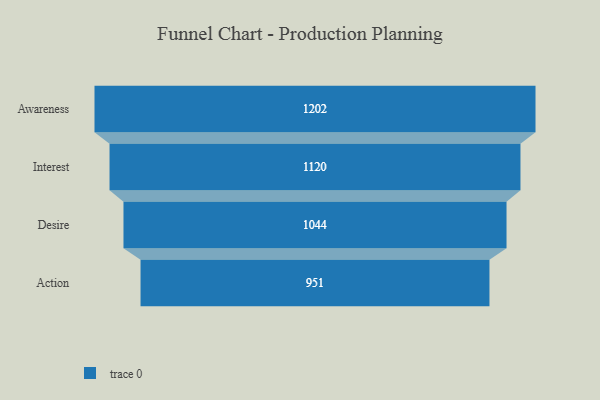
{"axis": {"x": "Stage", "y": "Value"}, "legend": [""], "data": [{"x": "Awareness", "y": 1202.0, "type": ""}, {"x": "Interest", "y": 1120.0, "type": ""}, {"x": "Desire", "y": 1044.0, "type": ""}, {"x": "Action", "y": 951.0, "type": ""}]}